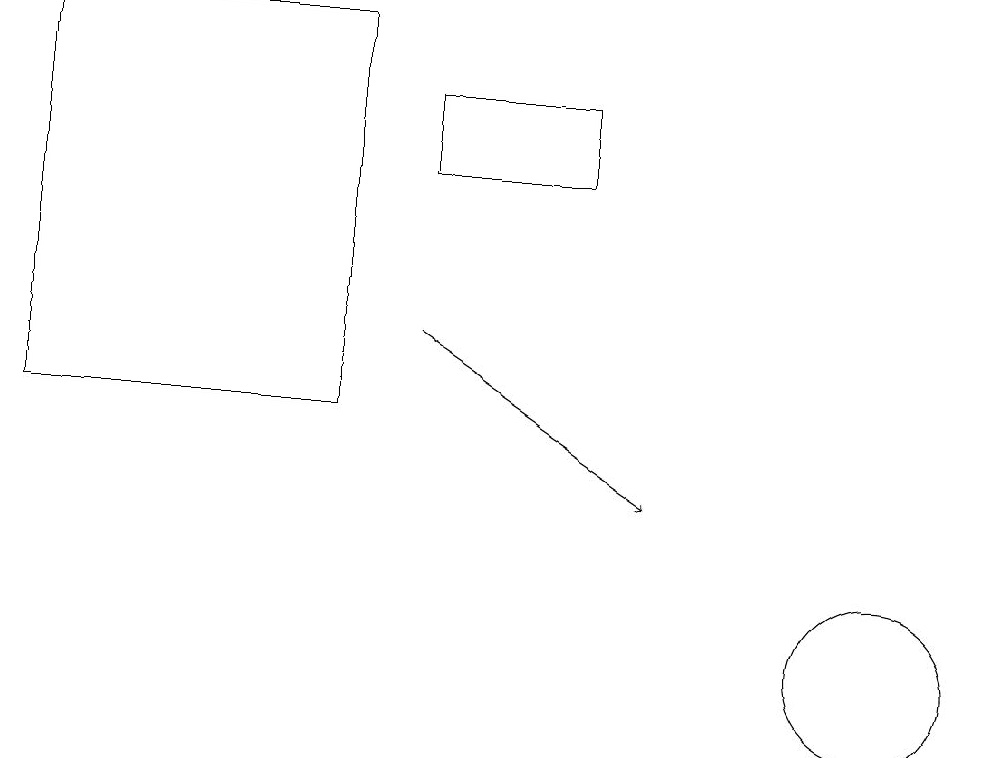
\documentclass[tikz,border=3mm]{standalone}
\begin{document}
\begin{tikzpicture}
\draw (11,11) circle (1);
\draw[->] (5,15) -- (8,13);
\draw (7,18) rectangle (5,17);
\draw (4,14) rectangle (0,19);
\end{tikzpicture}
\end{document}